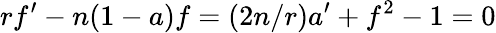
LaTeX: rf^{\prime}-n(1-a)f=(2n/r)a^{\prime}+f^{2}-1=0